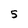
Character: 5